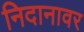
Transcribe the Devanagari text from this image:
निदानावर